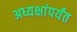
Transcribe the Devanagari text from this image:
अध्यक्षांपर्यंत